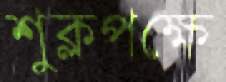
শুক্লপক্ষে